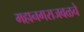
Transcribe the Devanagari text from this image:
महानगराजवळचे